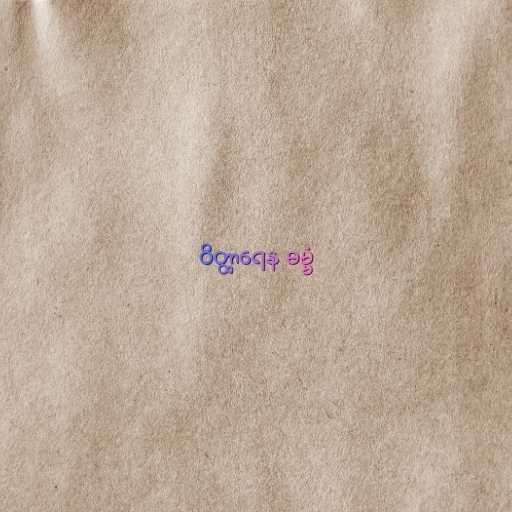
ဝိတ္ထာရေန ဓမ္မံ